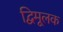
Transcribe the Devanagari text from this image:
द्विमूलक